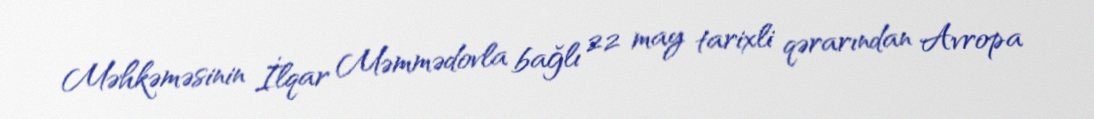
Məhkəməsinin İlqar Məmmədovla bağlı 22 may tarixli qərarından Avropa